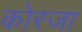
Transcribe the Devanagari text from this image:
कोरजा